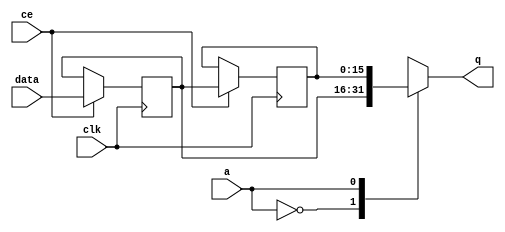
// ==============================================================
// File generated by Vivado(TM) HLS - High-Level Synthesis from C, C++ and SystemC
// Version: 2015.1
// Copyright (C) 2015 Xilinx Inc. All rights reserved.
// 
// ==============================================================


`timescale 1 ns / 1 ps

module FIFO_udp_checksumCalculation2outputPath_shiftReg (
    clk,
    data,
    ce,
    a,
    q);

parameter DATA_WIDTH = 32'd16;
parameter ADDR_WIDTH = 32'd1;
parameter DEPTH = 32'd2;

input clk;
input [DATA_WIDTH-1:0] data;
input ce;
input [ADDR_WIDTH-1:0] a;
output [DATA_WIDTH-1:0] q;

reg[DATA_WIDTH-1:0] SRL_SIG [0:DEPTH-1];
integer i;

always @ (posedge clk)
    begin
        if (ce)
        begin
            for (i=0;i<DEPTH-1;i=i+1)
                SRL_SIG[i+1] <= SRL_SIG[i];
            SRL_SIG[0] <= data;
        end
    end

assign q = SRL_SIG[a];

endmodule

module FIFO_udp_checksumCalculation2outputPath (
    clk,
    reset,
    if_empty_n,
    if_read_ce,
    if_read,
    if_dout,
    if_full_n,
    if_write_ce,
    if_write,
    if_din);

parameter MEM_STYLE = "auto";
parameter DATA_WIDTH = 32'd16;
parameter ADDR_WIDTH = 32'd1;
parameter DEPTH = 32'd2;

input clk;
input reset;
output if_empty_n;
input if_read_ce;
input if_read;
output[DATA_WIDTH - 1:0] if_dout;
output if_full_n;
input if_write_ce;
input if_write;
input[DATA_WIDTH - 1:0] if_din;

wire[ADDR_WIDTH - 1:0] shiftReg_addr ;
wire[DATA_WIDTH - 1:0] shiftReg_data, shiftReg_q;
reg[ADDR_WIDTH:0] mOutPtr = {(ADDR_WIDTH+1){1'b1}};
reg internal_empty_n = 0, internal_full_n = 1;

assign if_empty_n = internal_empty_n;
assign if_full_n = internal_full_n;
assign shiftReg_data = if_din;
assign if_dout = shiftReg_q;

always @ (posedge clk) begin
    if (reset == 1'b1)
    begin
        mOutPtr <= ~{ADDR_WIDTH+1{1'b0}};
        internal_empty_n <= 1'b0;
        internal_full_n <= 1'b1;
    end
    else begin
        if (((if_read & if_read_ce) == 1 & internal_empty_n == 1) && 
            ((if_write & if_write_ce) == 0 | internal_full_n == 0))
        begin
            mOutPtr <= mOutPtr -1;
            if (mOutPtr == 0)
                internal_empty_n <= 1'b0;
            internal_full_n <= 1'b1;
        end 
        else if (((if_read & if_read_ce) == 0 | internal_empty_n == 0) && 
            ((if_write & if_write_ce) == 1 & internal_full_n == 1))
        begin
            mOutPtr <= mOutPtr +1;
            internal_empty_n <= 1'b1;
            if (mOutPtr == DEPTH-2)
                internal_full_n <= 1'b0;
        end 
    end
end

assign shiftReg_addr = mOutPtr[ADDR_WIDTH] == 1'b0 ? mOutPtr[ADDR_WIDTH-1:0]:{ADDR_WIDTH{1'b0}};
assign shiftReg_ce = (if_write & if_write_ce) & internal_full_n;

FIFO_udp_checksumCalculation2outputPath_shiftReg 
#(
    .DATA_WIDTH(DATA_WIDTH),
    .ADDR_WIDTH(ADDR_WIDTH),
    .DEPTH(DEPTH))
U_FIFO_udp_checksumCalculation2outputPath_ram (
    .clk(clk),
    .data(shiftReg_data),
    .ce(shiftReg_ce),
    .a(shiftReg_addr),
    .q(shiftReg_q));

endmodule